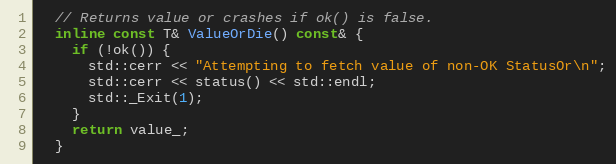
Language: C
  // Returns value or crashes if ok() is false.
  inline const T& ValueOrDie() const& {
    if (!ok()) {
      std::cerr << "Attempting to fetch value of non-OK StatusOr\n";
      std::cerr << status() << std::endl;
      std::_Exit(1);
    }
    return value_;
  }